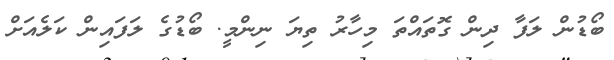
ބޯޑުން ލަފާ ދިން ގޮތައްތަ މިހާރު ތިޔަ ނިންމީ. ބޯޑުގެ ލަފައިން ކަލެއަށް